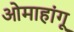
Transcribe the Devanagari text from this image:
ओमाहांगू